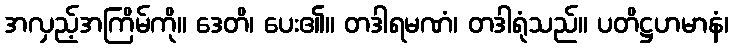
အလှည့်အကြိမ်ကို။ ဒေတိ၊ ပေး၏။ တဒါရမဏံ၊ တဒါရုံသည်။ ပတိဋ္ဌဟမာနံ၊